Report of the veterinary officer investigating camel disease
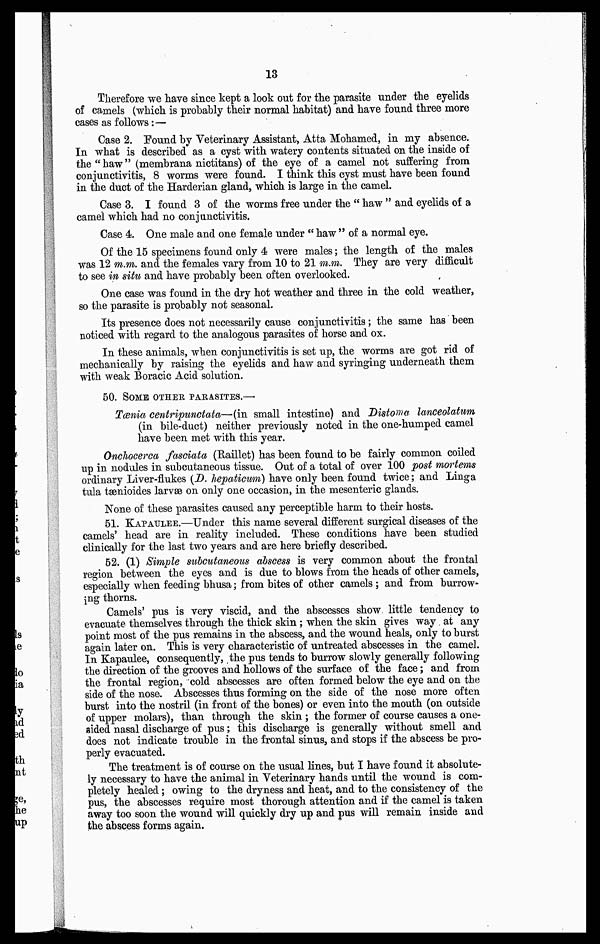
13
Therefore we have since kept a look out for the parasite under the eyelids
of camels (which is probably their normal habitat) and have found three more
cases as follows :—
Case 2. Found by Veterinary Assistant, Atta Mohamed, in my absence.
In what is described as a cyst with watery contents situated on the inside of
the "haw" (membrana nictitans) of the eye of a camel not suffering from
conjunctivitis, 8 worms were found. I think this cyst must have been found
in the duct of the Harderian gland, which is large in the camel.
Case 3. I found 3 of the worms free under the " haw " and eyelids of a
camel which had no conjunctivitis.
Case 4 One male and one female under " haw " of a normal eye.
Of the 15 specimens found only 4 were males ; the length of the males
was 12 m.m. and the females vary from 10 to 21 m.m. They are very difficult
to see in situ and have probably been often overlooked.
One case was found in the dry hot weather and three in the cold weather,
so the parasite is probably not seasonal.
Its presence does not necessarily cause conjunctivitis ; the same has been
noticed with regard to the analogous parasites of horse and ox.
In these animals, when conjunctivitis is set up, the worms are got rid of
mechanically by raising the eyelids and haw and syringing underneath them
with weak Boracic Acid solution.
50. SOME OTHER PARASITES.—
Tænia centripunctata—(in small intestine) and Distoma lanceolatum
(in bile-duct) neither previously noted in the one-humped camel
have been met with this year.
Onchocerca fasciata (Raillet) has been found to be fairly common coiled
up in nodules in subcutaneous tissue. Out of a total of over 100 post mortems
ordinary Liver-flukes (D. hepaticum) have only been found twice ; and Linga
tula tænioides larvae on only one occasion, in the mesenteric glands.
None of these parasites caused any perceptible harm to their hosts.
51. KAPAULEE.—Under this name several different surgical diseases of the
camels' head are in reality included. These conditions have been studied
clinically for the last two years and are here briefly described.
52. (1) Simple subcutaneous abscess is very common about the frontal
region between the eyes and is due to blows from the heads of other camels,
especially when feeding bhusa ; from bites of other camels ; and from burrow-
ing thorns.
Camels' pus is very viscid, and the abscesses show little tendency to
evacuate themselves through the thick skin ; when the skin gives way at any
point most of the pus remains in the abscess, and the wound heals, only to burst
again later on. This is very characteristic of untreated abscesses in the camel.
In Kapaulee, consequently, the pus tends to burrow slowly generally following
the direction of the grooves and hollows of the surface of the face ; and from
the frontal region, cold abscesses are often formed below the eye and on the
side of the nose. Abscesses thus forming on the side of the nose more often
burst into the nostril (in front of the bones) or even into the mouth (on outside
of upper molars), than through the skin ; the former of course causes a one-
sided nasal discharge of pus ; this discharge is generally without smell and
does not indicate trouble in the frontal sinus, and stops if the abscess be pro-
perly evacuated.
The treatment is of course on the usual lines, but I have found it absolute-
ly necessary to have the animal in Veterinary hands until the wound is com-
pletely healed ; owing to the dryness and heat, and to the consistency of the
pus, the abscesses require most thorough attention and if the camel is taken
away too soon the wound will quickly dry up and pus will remain inside and
the abscess forms again.